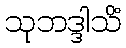
သုဘဒ္ဒါသိံ